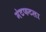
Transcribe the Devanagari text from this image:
मंटफटला